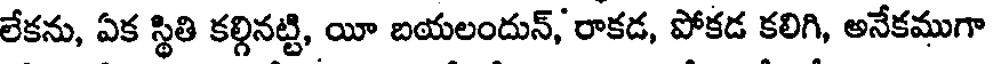
లేకను, ఏక స్థితి కల్గినట్టి, యీ బయలందున్, రాకడ, పోకడ కలిగి, అనేకముగా